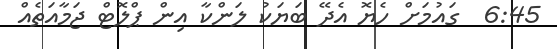
6:45  ގައުމަށް ހެޔޮ އެދޭ ބަޔަކު ލަންކާ އިން ޕްލޮޓް ޖަމާއަތެއް